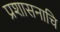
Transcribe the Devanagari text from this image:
प्रशासनाचि